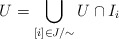
\begin{align*}U=\bigcup_{[i]\in J/\sim}U\cap I_i\end{align*}